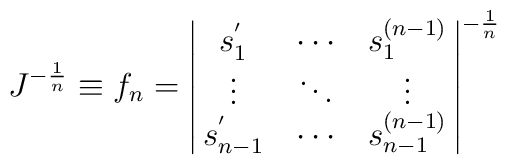
J^{-{1\over n}}\equiv f_n = \left|\matrix{s_1^{'}&\cdots&s_1^{(n-1)}\cr                    \vdots  & \ddots & \vdots \cr                   s_{n-1}^{'}&\cdots&s_{n-1}^{(n-1)}}\right|^{-{1\over n}}